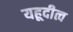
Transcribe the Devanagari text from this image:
यहूदीत्व